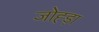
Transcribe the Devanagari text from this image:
जोह्ड़ा